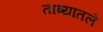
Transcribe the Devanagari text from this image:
ताब्यातले